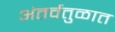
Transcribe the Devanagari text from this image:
अंतर्वतुळात